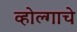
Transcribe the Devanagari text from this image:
व्होल्गाचे